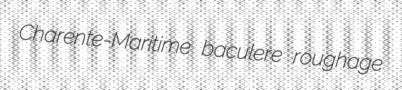
Charente-Maritime baculere roughage